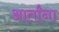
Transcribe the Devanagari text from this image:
आर्तांना